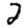
Digit: 2